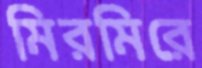
মিরমিরে